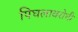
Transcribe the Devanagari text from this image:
पिघलावरोधी